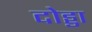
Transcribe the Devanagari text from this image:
दोड्डा